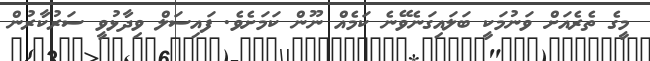
މީގެ ތެރެއަށް ވަނުމަކީ ބަލައިގަނެވޭނެ ކަމެއް ނޫން ކަމަށެވެ. ފައިސަލް ވިދާޅުވީ ސަރުކާރުން